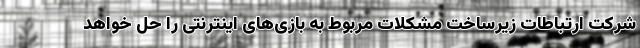
شرکت ارتباطات زیرساخت مشکلات مربوط به بازی‌های اینترنتی را حل خواهد